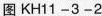
图 KH11-3-2